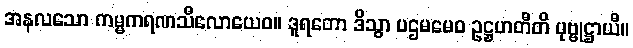
အနလသော ကမ္မကရဏသီလောယေဝ။ ဒူရတော ဒိသွာ ပဌမမေဝ ဥဋ္ဌဟတီတိ ပုဗ္ဗုဋ္ဌာယီ။